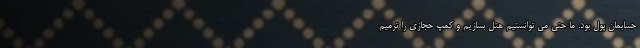
حسابمان پول بود. ما حتی می توانستیم هتل بسازیم و کمپ حجازی را ترمیم